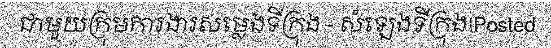
ជាមួយក្រុមការងារសម្លេងទីក្រុង - សំឡេងទីក្រុង!Posted